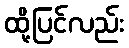
ထို့ပြင်လည်း